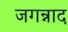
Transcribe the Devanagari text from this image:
जगन्नाद